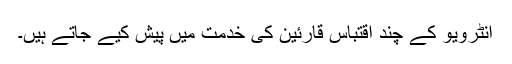
انٹرویو کے چند اقتباس قارئین کی خدمت میں پیش کیے جاتے ہیں۔